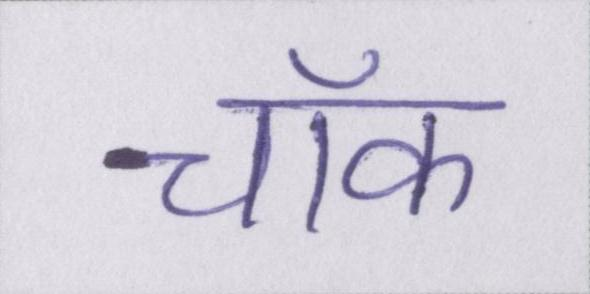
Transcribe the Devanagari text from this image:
चॉक